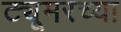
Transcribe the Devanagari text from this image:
ट्यूमरच्या